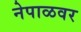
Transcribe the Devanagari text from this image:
नेपाळवर